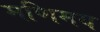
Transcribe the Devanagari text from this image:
मणिमय